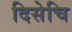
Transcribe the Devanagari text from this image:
दिसेचि